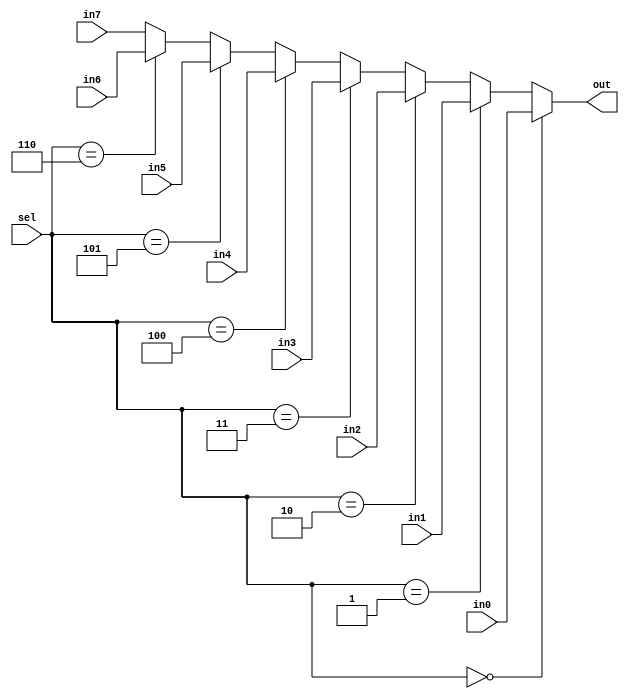
// 8-way 32-bit multiplexor.
`default_nettype none

module mux8_32 (
    input [ 2:0] sel,
    input [31:0] in0,
    input [31:0] in1,
    input [31:0] in2,
    input [31:0] in3,
    input [31:0] in4,
    input [31:0] in5,
    input [31:0] in6,
    input [31:0] in7,

    output [31:0] out
);

  assign out = (sel == 3'd0) ? in0 :
             (sel == 3'd1) ? in1 :
             (sel == 3'd2) ? in2 :
             (sel == 3'd3) ? in3 :
             (sel == 3'd4) ? in4 :
             (sel == 3'd5) ? in5 :
             (sel == 3'd6) ? in6 : in7;

endmodule